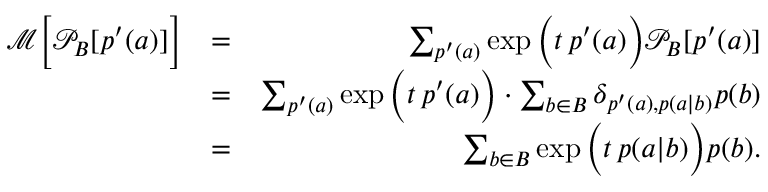
\begin{array} { r l r } { \mathcal { M } \Big [ \mathcal { P } _ { B } [ p ^ { \prime } ( a ) ] \Big ] } & { = } & { \sum _ { p ^ { \prime } ( a ) } \exp \Big ( t \, p ^ { \prime } ( a ) \Big ) \mathcal { P } _ { B } [ p ^ { \prime } ( a ) ] } \\ & { = } & { \sum _ { p ^ { \prime } ( a ) } \exp \Big ( t \, p ^ { \prime } ( a ) \Big ) \cdot \sum _ { b \in B } \delta _ { p ^ { \prime } ( a ) , p ( a | b ) } p ( b ) } \\ & { = } & { \sum _ { b \in B } \exp \Big ( t \, p ( a | b ) \Big ) p ( b ) . } \end{array}